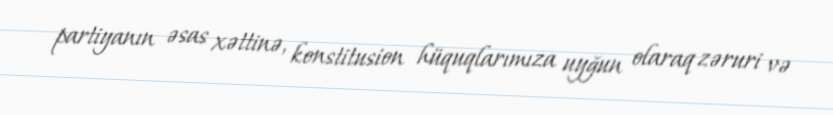
partiyanın əsas xəttinə, konstitusion hüquqlarımıza uyğun olaraq zəruri və